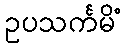
ဥပသင်္ကမိံ